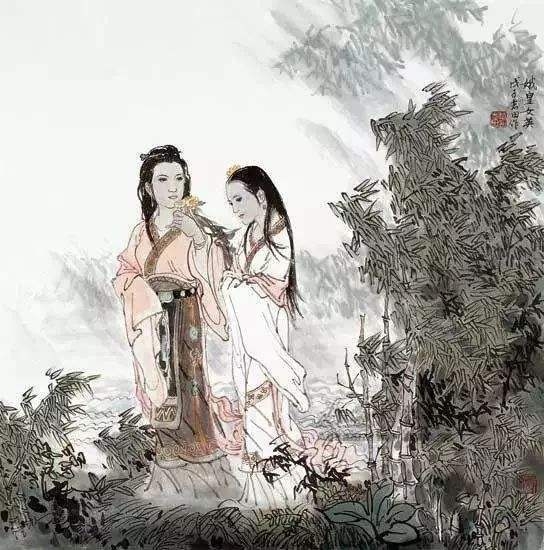
明妃一朝西入胡，胡中美女多羞死。